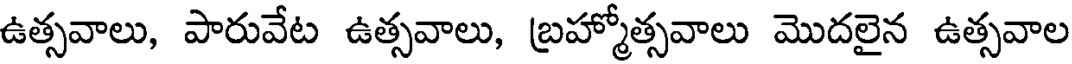
ఉత్సవాలు, పారువేట ఉత్సవాలు, బ్రహ్మోత్సవాలు మొదలైన ఉత్సవాల